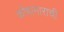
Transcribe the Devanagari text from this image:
कोषागाराची